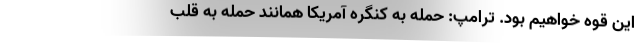
این قوه خواهیم بود. ترامپ: حمله به کنگره آمریکا همانند حمله به قلب